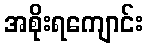
အစိုးရကျောင်း